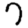
Digit: 7